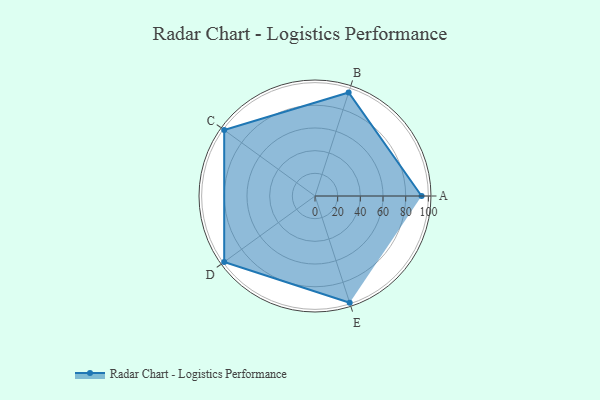
{"axis": {"x": "Skill", "y": "Score"}, "legend": ["Profile"], "data": [{"x": "A", "y": 94.0, "type": "Profile"}, {"x": "B", "y": 96.0, "type": "Profile"}, {"x": "C", "y": 99, "type": "Profile"}, {"x": "D", "y": 99, "type": "Profile"}, {"x": "E", "y": 99, "type": "Profile"}]}